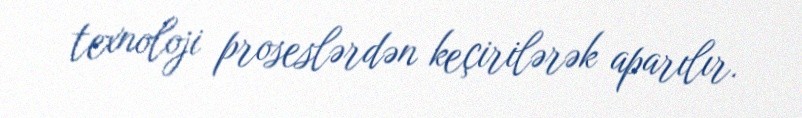
texnoloji proseslərdən keçirilərək aparılır.